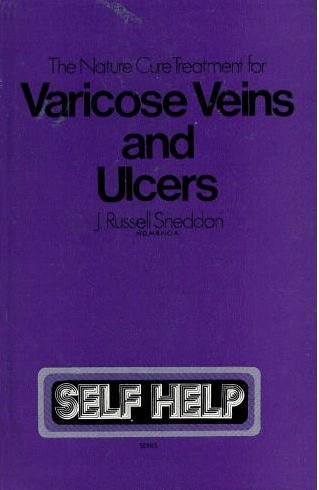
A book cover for Nature Cure Treatment for Varicose Veins and Ulcers (Self-help S); J RUSSELL SNEDDON; Health, Fitness & Dieting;